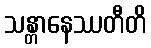
သန္တာနေဿတီတိ